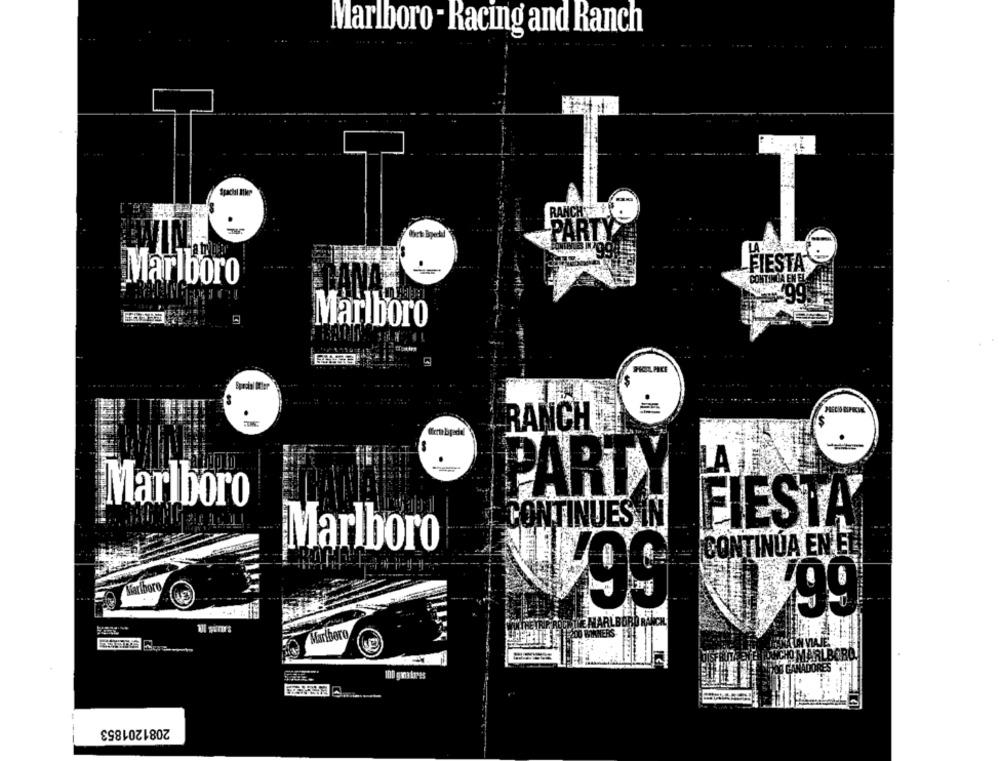
Marlboro - Racing and Ranch
Spacial Eller
.
FIESTA
Marlboro
Marlboro
Wert breddl
RANCH z
PARTY ALV
Marlboro
CONTINUES IN
FIESTA'
Marlboro
CONTINUA EN EL
Marlboro
₩99
TEMARLBORDR
'99
Marlboro
OMARLBORO
100 gintres
2081201853